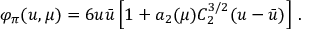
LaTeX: \varphi _ { \pi } ( u , \mu ) = 6 u \bar { u } \left[ 1 + a _ { 2 } ( \mu ) C _ { 2 } ^ { 3 / 2 } ( u - \bar { u } ) \right] \, .